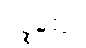
ပဉ္စမတွဲ။